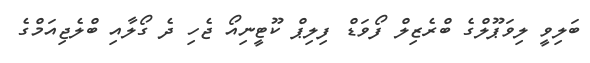
ބަލިވީ ލިވަޕޫލްގެ ބްރެޒިލް ފޯވަޑް ފިލިޕް ކޫޓީނިއޯ ޖެހި ދެ ގޯލާއި ބްލެޖިއަމްގެ